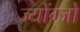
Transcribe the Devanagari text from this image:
ज्योंग्जो